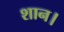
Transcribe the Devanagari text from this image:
शान।